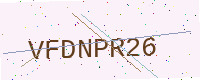
Text: VFDNPR26